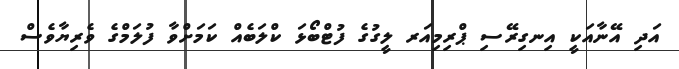
އަދި އޭނާއަކީ އިނގިރޭސި ޕްރިމިއަރ ލީގުގެ ފުޓްބޯޅަ ކްލަބެއް ކަމަށްވާ ފުލަމްގެ ވެރިޔާވެސް